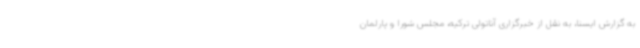
به گزارش ایسنا، به نقل از خبرگزاری آناتولی ترکیه، مجلس شورا و پارلمان